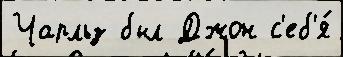
Чарльз был Джон с'еб'я́